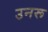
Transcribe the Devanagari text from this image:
उनरू